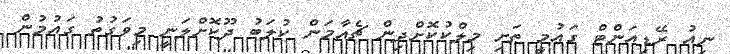
ނިއު ރޭޑިއަންޓް ގައުމީ ތަށި މިލްކުކޮށްދިން ޗެއާމަން ކުލަބު ދޫކޮށްލަނީ މިވަގުތު ގައުމުން